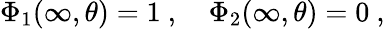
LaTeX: \Phi_{1}(\infty,\theta)=1\ ,\ \ \ \ \Phi_{2}(\infty,\theta)=0\ ,